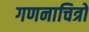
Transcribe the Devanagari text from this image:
गणनाचित्रों